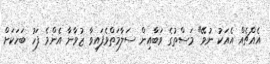
އެއްޗެއް އެއަކު ނުވޭ" މަސްތުގެ ވަބާއިން ސަލާމަތްވެފައިވާ ޒުވާނާ އެންމެ ފަހު ބަހަކަށް